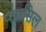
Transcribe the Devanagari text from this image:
प्लासिल